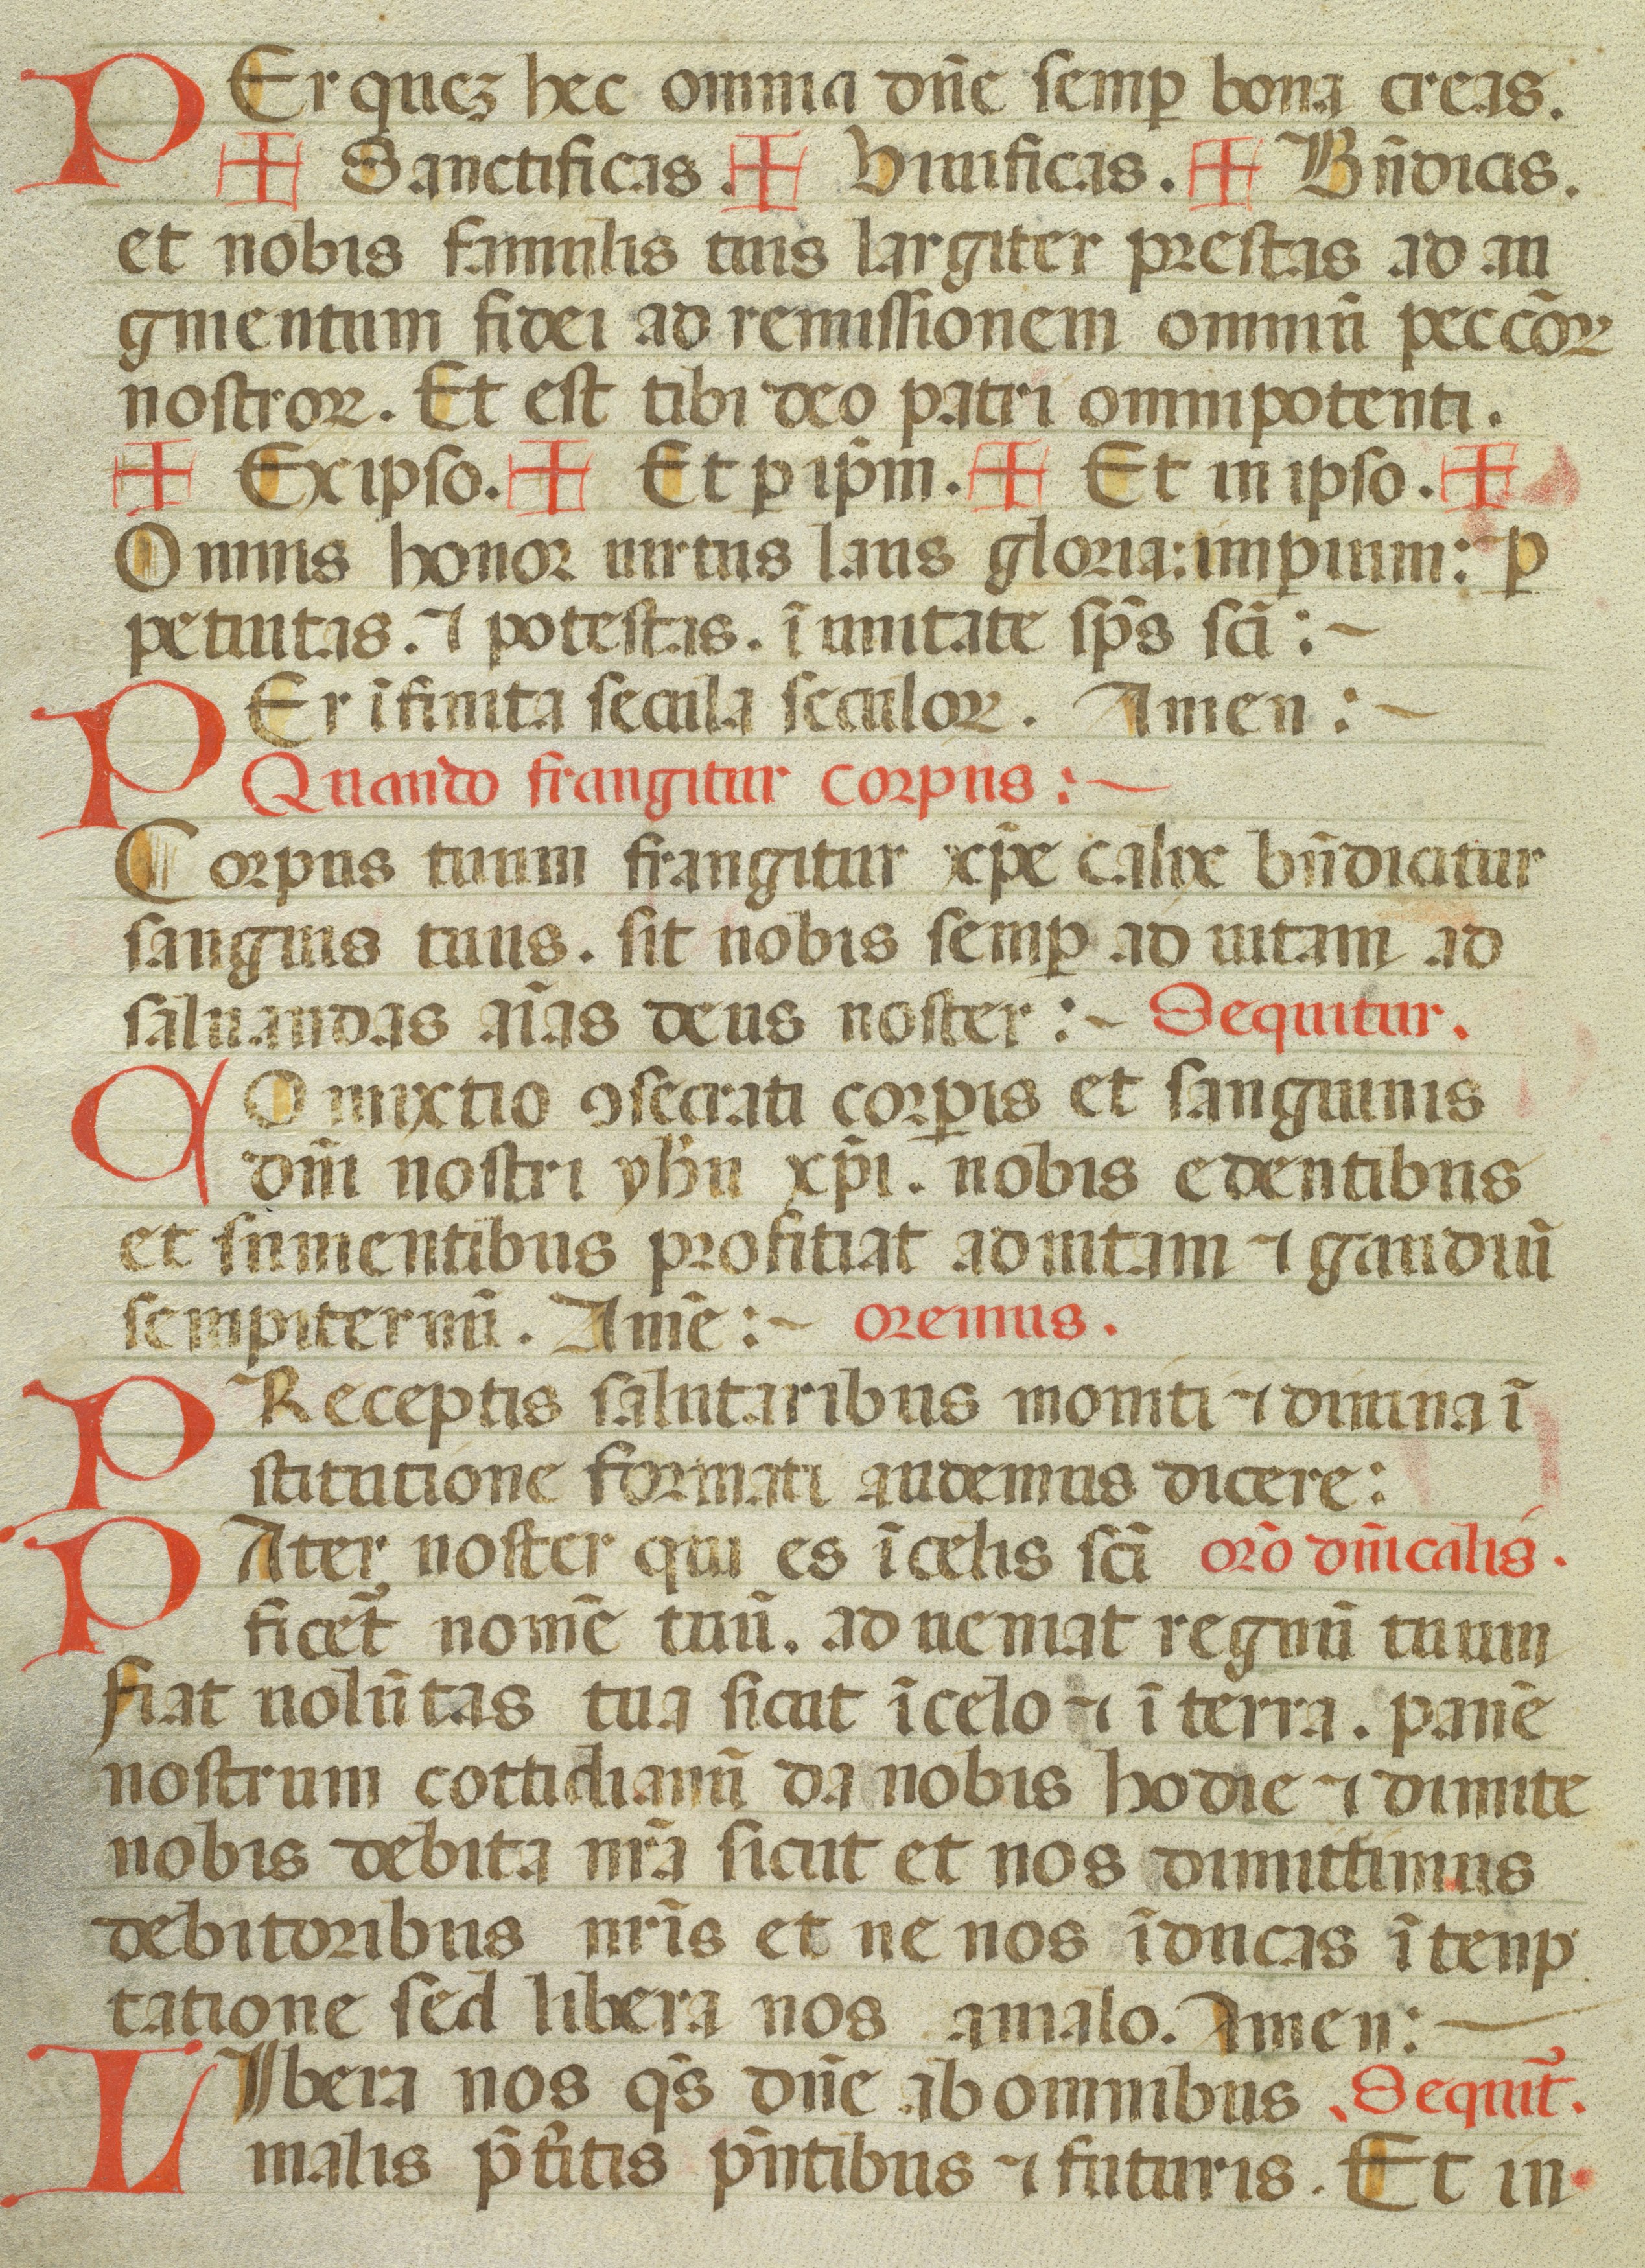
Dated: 1450–1499